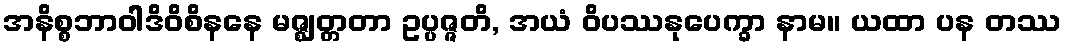
အနိစ္စဘာဝါဒိဝိစိနနေ မဇ္ဈတ္တတာ ဥပ္ပဇ္ဇတိ, အယံ ဝိပဿနုပေက္ခာ နာမ။ ယထာ ပန တဿ